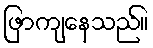
ဖြာကျနေသည်။